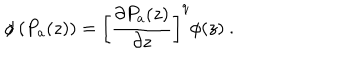
\phi \left( P _ { a } ( z ) \right) = \left[ \frac { \partial P _ { a } ( z ) } { \partial z } \right] ^ { q } \phi ( z ) \ .